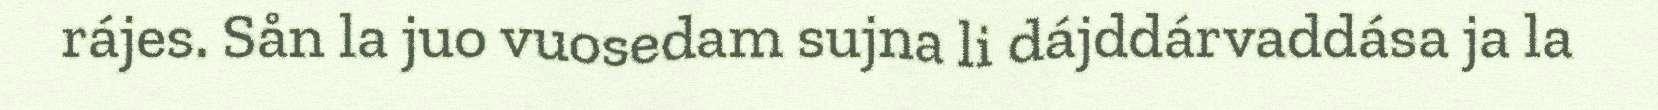
rájes. Sån la juo vuosedam sujna li dájddárvaddása ja la